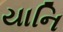
યાનિ